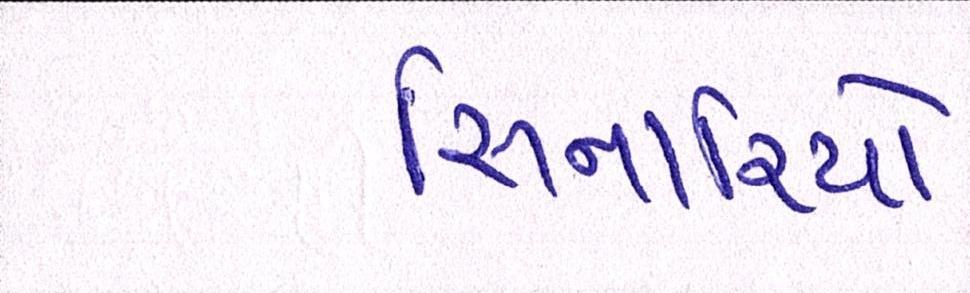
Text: સિનારિયો